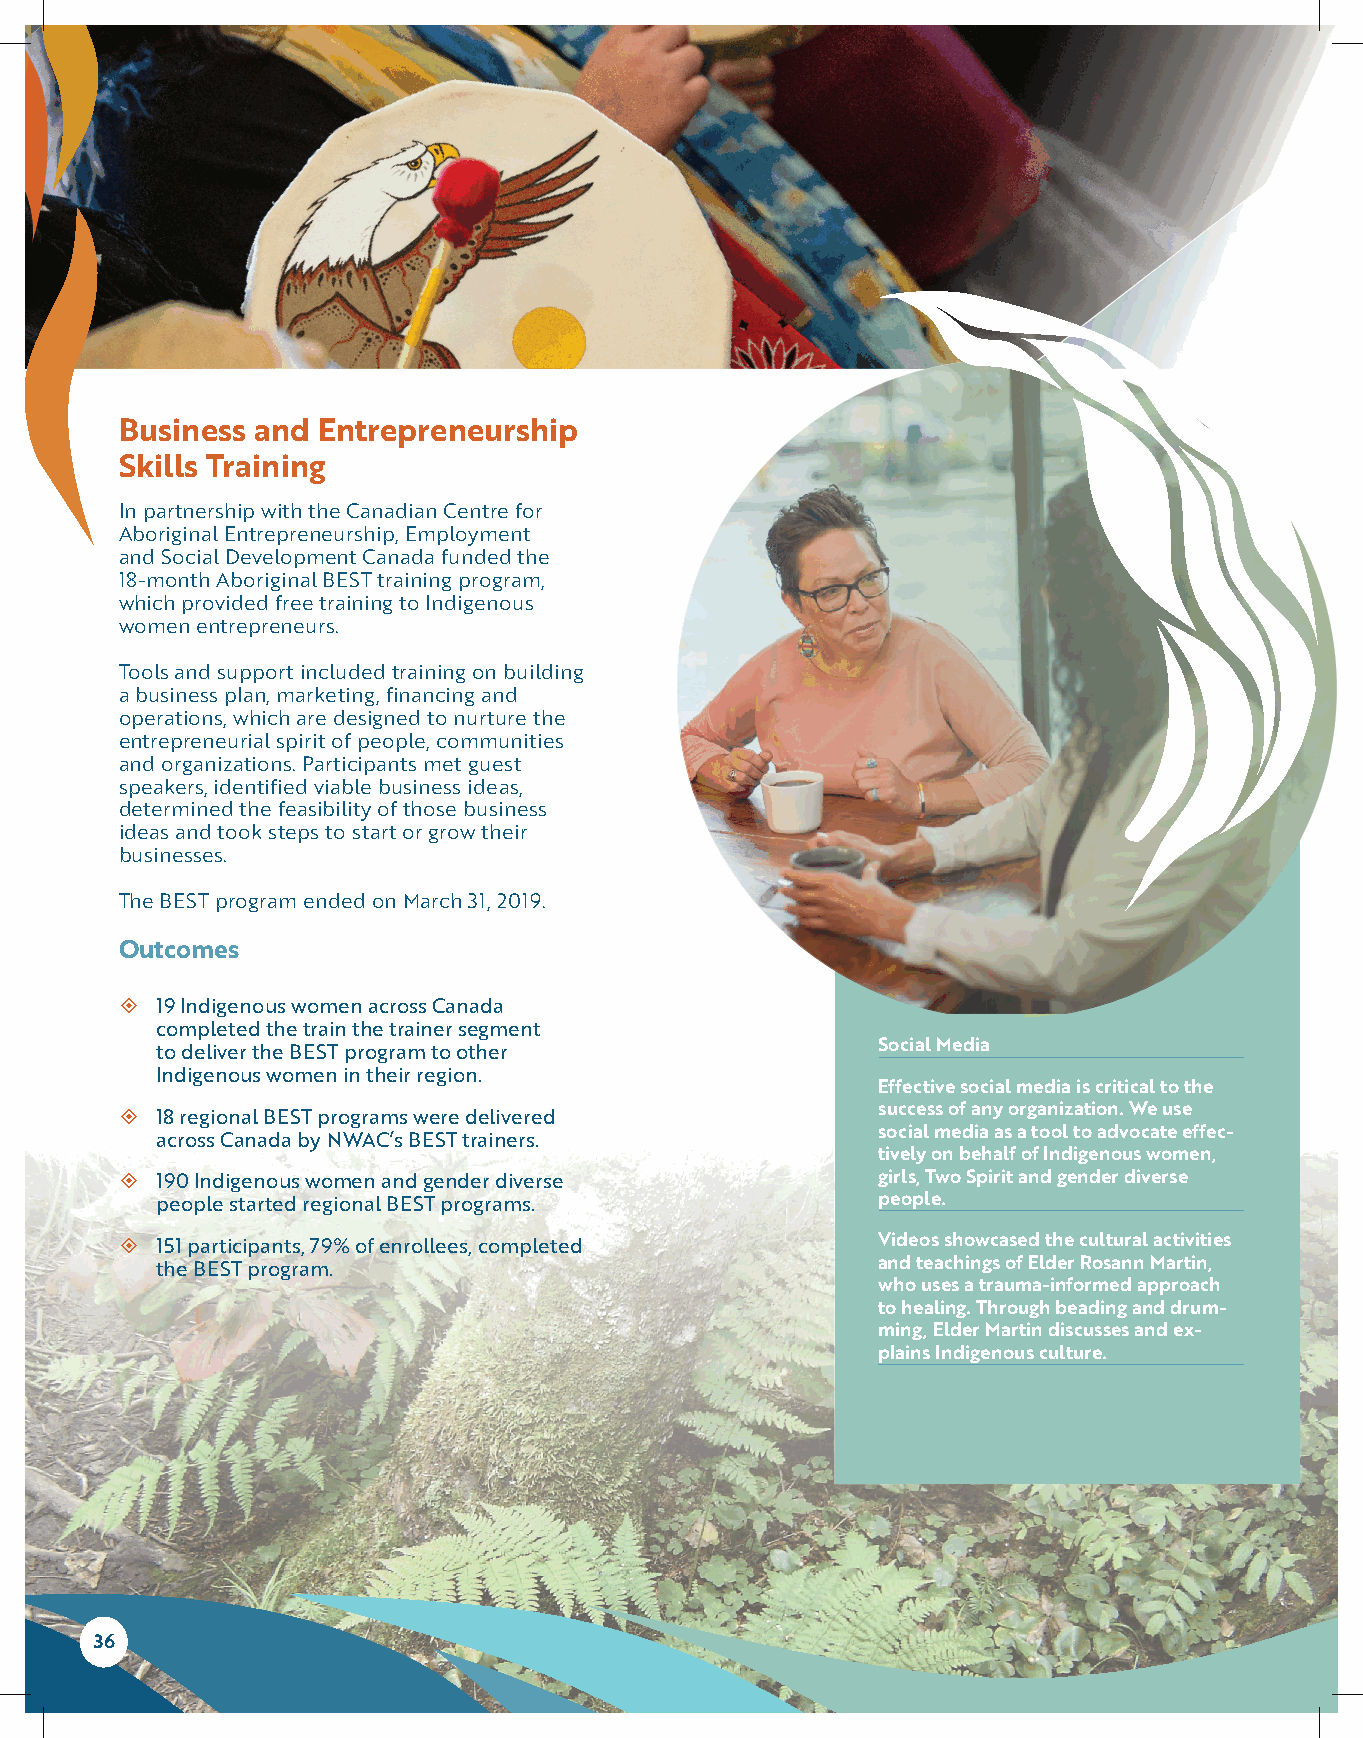
Business and Entrepreneurship
 Skills Training
 In partnership with the Canadian Centre for
 Aboriginal Entrepreneurship, Employment
 and Social Development Canada funded the
 18-month Aboriginal BEST training program,
 which provided free training to Indigenous
 women entrepreneurs.
 Tools and support included training on building
 a business plan, marketing, financing and
 operations, which are designed to nurture the
 entrepreneurial spirit of people, communities
 and organizations. Participants met guest
 speakers, identified viable business ideas,
 determined the feasibility of those business
 ideas and took steps to start or grow their
 businesses.
 The BEST program ended on March 31, 2019.
 Outcomes
  19 Indigenous women across Canada
 completed the train the trainer segment
 Social Media
 to deliver the BEST program to other
 Indigenous women in their region.
 Effective social media is critical to the
  18 regional BEST programs were delivered        success of any organization. We use
 social media as a tool to advocate effec-
 across Canada by NWAC’s BEST trainers.
 tively on behalf of Indigenous women,
  190 Indigenous women and gender diverse         girls, Two Spirit and gender diverse
 people started regional BEST programs.          people.
  151 participants, 79% of enrollees, completed   Videos showcased the cultural activities
 the BEST program.                               and teachings of Elder Rosann Martin,
 who uses a trauma-informed approach
 to healing. Through beading and drum-
 ming, Elder Martin discusses and ex-
 plains Indigenous culture.
 36